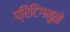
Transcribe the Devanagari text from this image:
प्रिंटिंगमुळे